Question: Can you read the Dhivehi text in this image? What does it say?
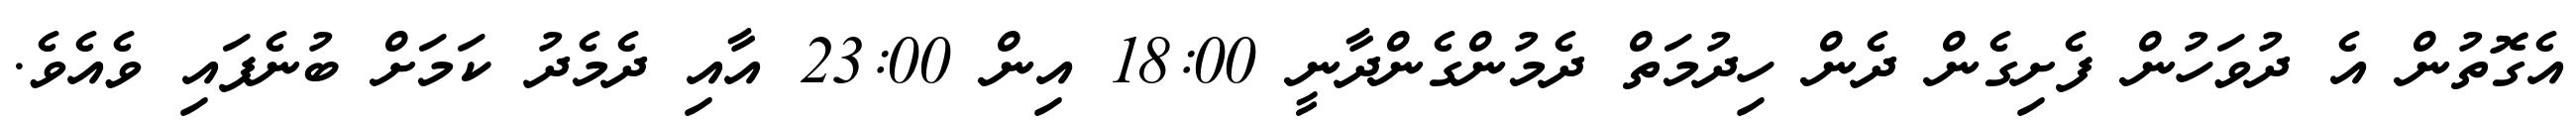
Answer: އެގޮތުން އެ ދުވަހުން ފެށިގެން ދެން ހިދުމަތް ދެމުންގެންދާނީ 18:00 އިން 23:00 އާއި ދެމެދު ކަމަށް ބުނެފައި ވެއެވެ.